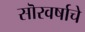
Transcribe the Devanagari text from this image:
सॊरवर्षाचे